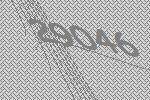
29046